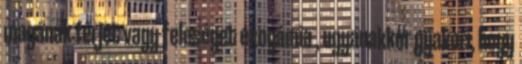
magának férjet vagy feleséget exogámia , ugyanakkor gyakori, hogy